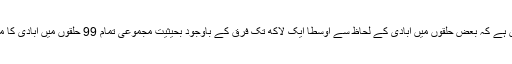
دوسری جانب صوبائی حلقوں کے حوالے سے یہ بات قدرے باعثِ اطمینان ہے کہ بعض حلقوں میں آبادی کے لحاظ سے اوسطاً ایک لاکھ تک فرق کے باوجود بحیثیتِ مجموعی تمام 99 حلقوں میں آبادی کا معیار اور تناسب پونے تین لاکھ سے لے کر سواتین لاکھ تک رکھا گیا ہے۔